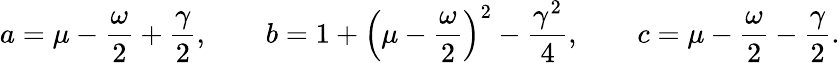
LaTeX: a=\mu-\frac{\omega}{2}+\frac{\gamma}{2},\qquad b=1+\left(\mu-\frac{\omega}{2}\right)^{2}-\frac{\gamma^{2}}{4},\qquad c=\mu-\frac{\omega}{2}-\frac{\gamma}{2}.